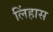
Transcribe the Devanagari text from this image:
लिंहास